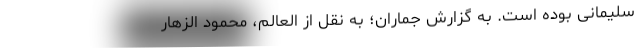
سلیمانی بوده است. به گزارش جماران؛ به نقل از العالم، محمود الزهار